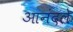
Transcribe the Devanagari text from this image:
आनंदले